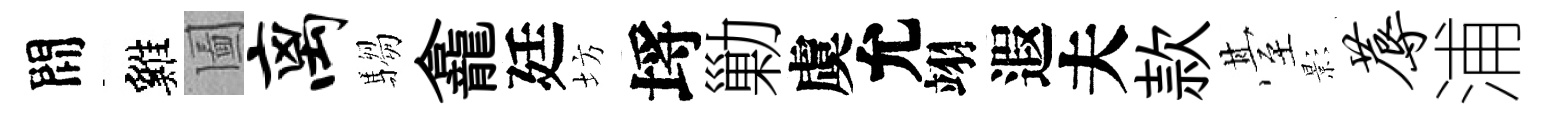
間雞圗离騶龕廷坊埓勦虞允翊遐夫款䑓影蓐浦